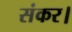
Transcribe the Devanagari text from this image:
संकर।